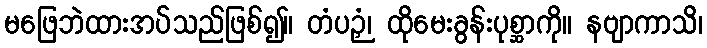
မဖြေဘဲထားအပ်သည်ဖြစ်၍။ တံပဉှံ၊ ထိုမေးခွန်းပုစ္ဆာကို။ နဗျာကာသိ၊